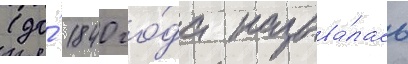
(до́ 1840 го́да называ́лась